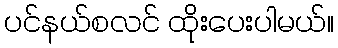
ပင်နယ်စလင် ထိုးပေးပါမယ်။